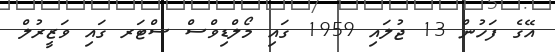
އޭގެ ފަހުން 13 ޖުލައި 1959 ގައި މޯލްޑިވްސް ސްޓަރ ގައި ވަޒީރުލް